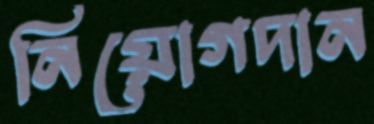
নিয়োগদান